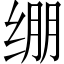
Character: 绷